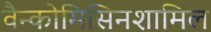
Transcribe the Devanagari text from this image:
वैन्कोमिसिनशामिल